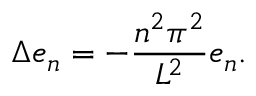
\Delta e _ { n } = - { \frac { n ^ { 2 } \pi ^ { 2 } } { L ^ { 2 } } } e _ { n } .